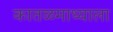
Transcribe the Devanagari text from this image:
कातळमाथ्याला